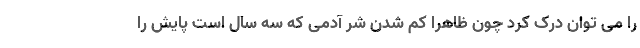
را می توان درک کرد چون ظاهرا کم شدن شرّ آدمی که سه سال است پایش را